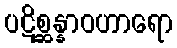
ပဋိစ္ဆန္နာဝဟာရော